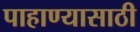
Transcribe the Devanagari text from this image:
पाहाण्यासाठी